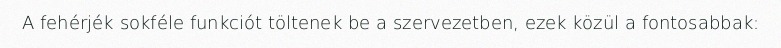
A fehérjék sokféle funkciót töltenek be a szervezetben, ezek közül a fontosabbak: